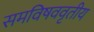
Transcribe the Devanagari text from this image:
समविषववृतीय